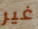
غير